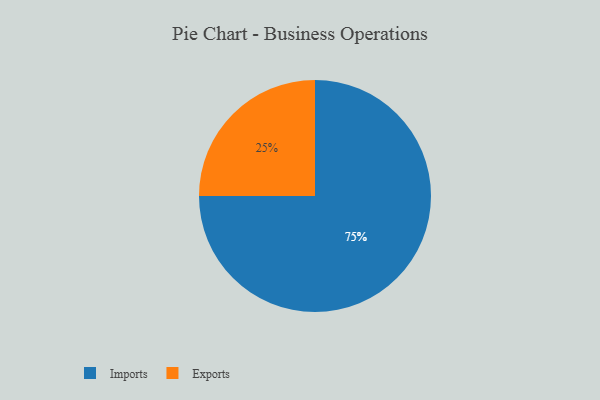
{"axis": {"x": "Category", "y": "Percentage"}, "legend": ["Exports", "Imports"], "data": [{"x": "Exports", "y": 25, "type": "Exports"}, {"x": "Imports", "y": 75, "type": "Imports"}]}